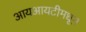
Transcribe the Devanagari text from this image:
आयआयटीमधून